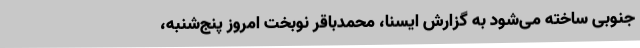
جنوبی ساخته می‌شود به گزارش ایسنا، محمدباقر نوبخت امروز پنج‌شنبه،